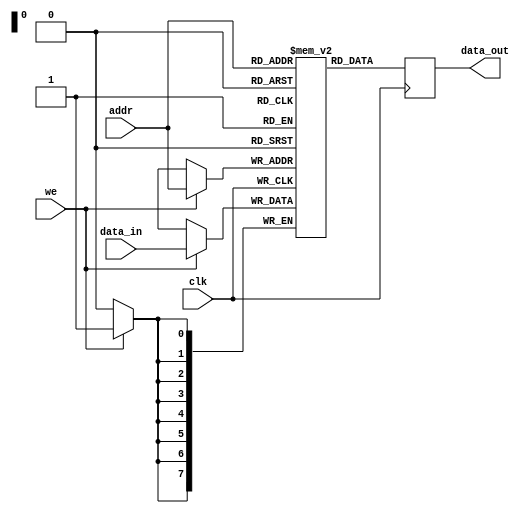
module single_port_ram #(
    parameter DATA_WIDTH = 8,    // Bit-width of each memory word
    parameter ADDR_WIDTH = 8,    // Number of address lines
    parameter DEPTH = 1 << ADDR_WIDTH // Total number of memory locations
) (
    input wire clk,              // Clock signal
    input wire we,               // Write enable signal
    input wire [ADDR_WIDTH-1:0] addr, // Address input
    input wire [DATA_WIDTH-1:0] data_in, // Data input
    output reg [DATA_WIDTH-1:0] data_out // Data output
);

// Memory array declaration
reg [DATA_WIDTH-1:0] ram[0:DEPTH-1];

// Always block for synchronous read/write operations
always @(posedge clk) begin
    if (we) begin
        // Write operation
        ram[addr] <= data_in;
    end

    // Read operation (always available)
    data_out <= ram[addr];
end

// Optional: Initialization logic or reset can be added here if needed

endmodule